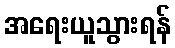
အရေးယူသွားရန်